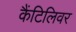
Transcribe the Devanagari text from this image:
कैंटिलिवर